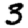
Digit: 3